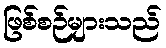
ဖြစ်စဉ်များသည်